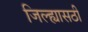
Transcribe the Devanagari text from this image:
जिल्ह्यासठी